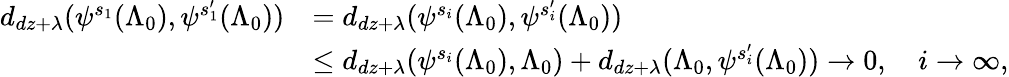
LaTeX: \begin{array}{rl}{d_{dz+\lambda}(\psi^{s_{1}}(\Lambda_{0}),\psi^{s_{1}^{\prime}}(\Lambda_{0}))}&{=d_{dz+\lambda}(\psi^{s_{i}}(\Lambda_{0}),\psi^{s_{i}^{\prime}}(\Lambda_{0}))}\\ &{\leq d_{dz+\lambda}(\psi^{s_{i}}(\Lambda_{0}),\Lambda_{0})+d_{dz+\lambda}(\Lambda_{0},\psi^{s_{i}^{\prime}}(\Lambda_{0}))\to 0,\quad i\to\infty,}\end{array}